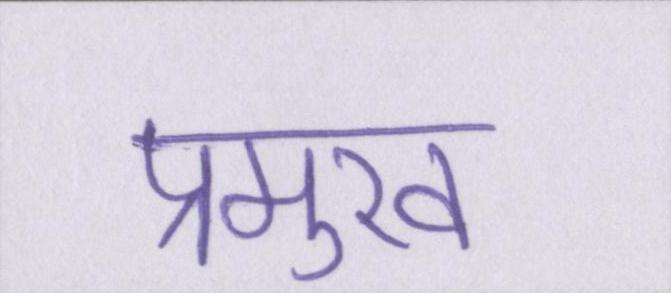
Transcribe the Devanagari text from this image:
प्रमुख